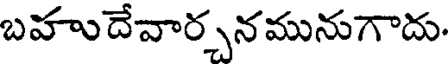
బహుదేవార్చనమునుగాదు.